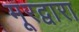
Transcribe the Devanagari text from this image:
मूरद्वारा